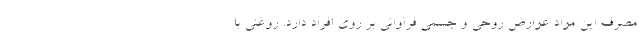
مصرف این مواد عوارض روحی و جسمی فراوانی بر روی افراد دارد. روغنی با